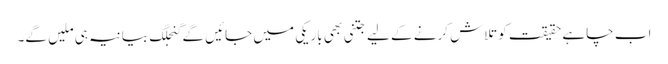
اب چاہے حقیقت کو تلاش کرنے کے لیے جتنی بھی باریکی میں جائیں گے گنجلگ بیانیہ ہی ملیں گے۔